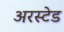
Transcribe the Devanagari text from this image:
अरस्टेड